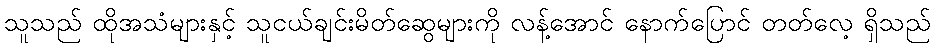
သူသည် ထိုအသံများနှင့် သူငယ်ချင်းမိတ်ဆွေများကို လန့်အောင် နောက်ပြောင် တတ်လေ့ ရှိသည်